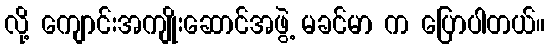
လို့ ကျောင်းအကျိုးဆောင်အဖွဲ့ မခင်မာ က ပြောပါတယ်။